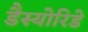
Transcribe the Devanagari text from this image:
डैस्योरिडे